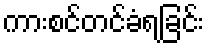
ကားစင်တင်ခံရခြင်း